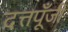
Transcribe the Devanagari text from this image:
दत्तपूँजी